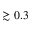
\gtrsim 0 . 3